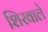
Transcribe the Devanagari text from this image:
शिरवाले